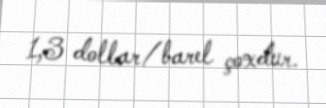
1,3 dollar/barel çoxdur.